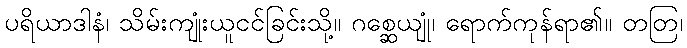
ပရိယာဒါနံ၊ သိမ်းကျုံးယူငင်ခြင်းသို့။ ဂစ္ဆေယျုံ၊ ရောက်ကုန်ရာ၏။ တတြ၊